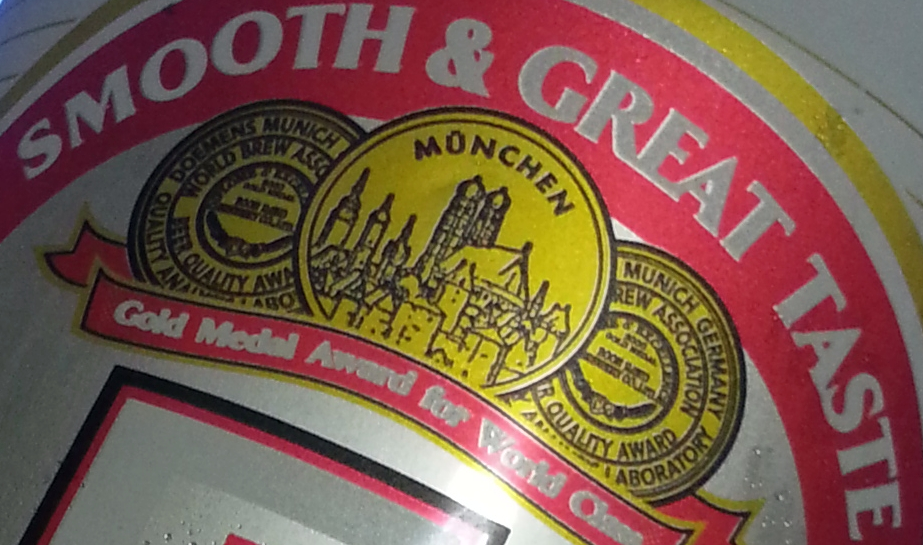
SMOOTH & GREAT TASTE